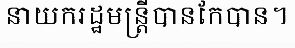
នាយករដ្ឋមន្ត្រីបានកែបាន។